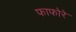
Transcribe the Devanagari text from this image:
फाफोरे